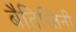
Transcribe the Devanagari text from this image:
बैतिस्तिनी